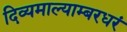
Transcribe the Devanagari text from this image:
दिव्यमाल्याम्बरधरं